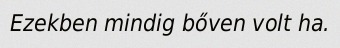
Ezekben mindig bőven volt ha.